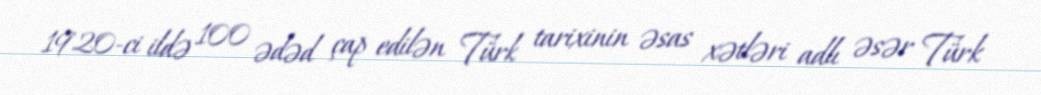
1920-ci ildə 100 ədəd çap edilən Türk tarixinin əsas xətləri adlı əsər Türk